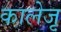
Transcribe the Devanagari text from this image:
कालेजृ